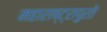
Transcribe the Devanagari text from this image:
महाराष्ट्रापुरते